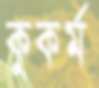
কুকর্ম